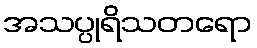
အသပ္ပုရိသတရော